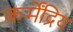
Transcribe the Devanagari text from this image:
कर्मेंद्रिय